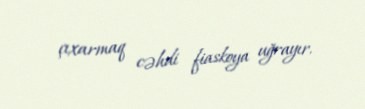
çıxarmaq cəhdi fiaskoya uğrayır.